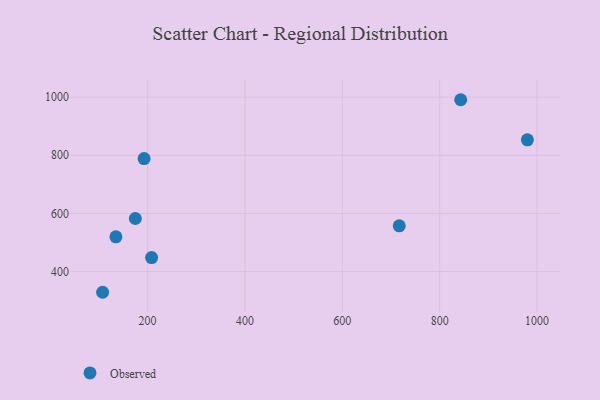
{"axis": {"x": "Ad Spend", "y": "Rating"}, "legend": ["Observed"], "data": [{"x": "174.8", "y": 582.5, "type": "Observed"}, {"x": "208.2", "y": 448.0, "type": "Observed"}, {"x": "843.2", "y": 991.2, "type": "Observed"}, {"x": "107.6", "y": 328.6, "type": "Observed"}, {"x": "980.1", "y": 853.2, "type": "Observed"}, {"x": "716.9", "y": 557.1, "type": "Observed"}, {"x": "134.9", "y": 519.3, "type": "Observed"}, {"x": "192.8", "y": 788.7, "type": "Observed"}]}